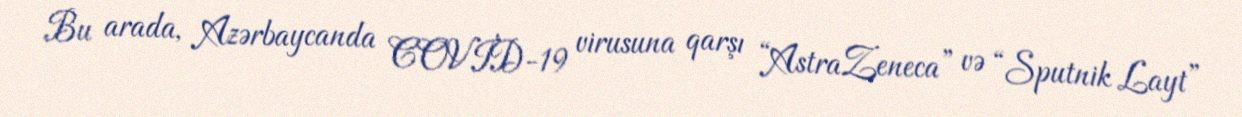
Bu arada, Azərbaycanda COVİD-19 virusuna qarşı “AstraZeneca” və “Sputnik Layt”